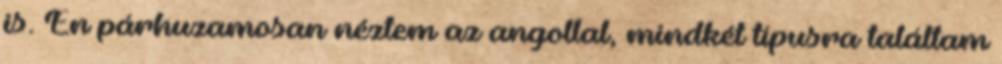
is. Én párhuzamosan néztem az angollal, mindkét típusra találtam